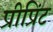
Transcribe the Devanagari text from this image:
प्रीप्रिंट